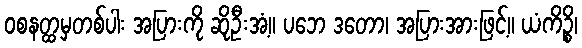
ဝစနတ္ထမှတစ်ပါး အပြားကို ဆိုဦးအံ့။ ပဘေ ဒတော၊ အပြားအားဖြင့်။ ယံကိဉ္စိ၊